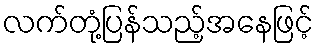
လက်တုံ့ပြန်သည့်အနေဖြင့်